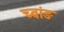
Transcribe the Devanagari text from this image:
च्वांङ